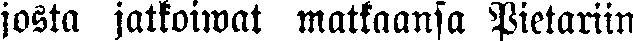
josta jatkoiwat matkaansa Pietariin